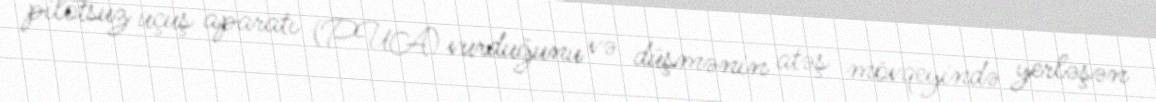
pilotsuz uçuş aparatı (PUA) vurduğunu və düşmənin atəş mövqeyində yerləşən